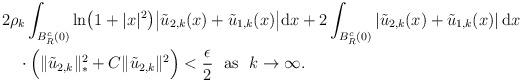
LaTeX: \begin{align*}\begin{aligned} &2\rho_k\int_{B_R^c(0)}{\rm ln}\big(1+|x|^2\big)\big|\tilde u_{2,k}(x)+\tilde u_{1,k}(x)\big|{\rm d}x+2\int_{B_R^c(0)}\left|\tilde u_{2,k}(x)+\tilde u_{1,k}(x)\right|{\rm d}x\\ &\quad\cdot\Big(\|\tilde u_{2,k}\|_*^2+C\|\tilde u_{2,k}\|^2\Big) < \frac{\epsilon}{2}\ \ \mbox{as}\ \ k\to\infty.\end{aligned}\end{align*}